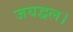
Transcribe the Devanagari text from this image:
जयद्वल।